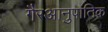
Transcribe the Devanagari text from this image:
गैरआनुपातिक